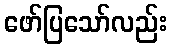
ဖော်ပြသော်လည်း